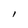
Character: l